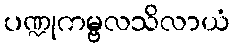
ပဏ္ဍုကမ္ဗလသိလာယံ